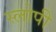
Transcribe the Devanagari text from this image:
स्लोपी